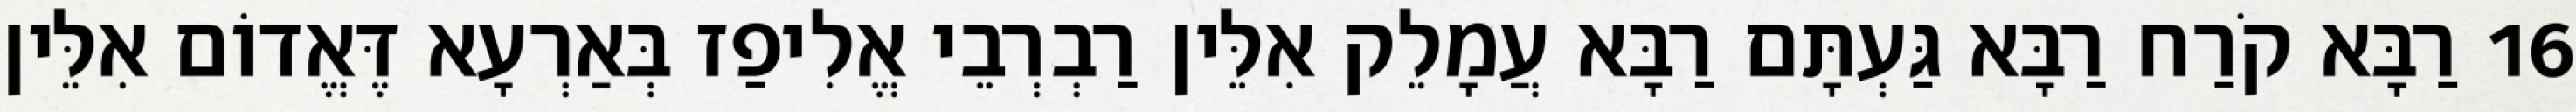
16 רַבָּא קֹרַח רַבָּא גַּעְתָּם רַבָּא עֲמָלֵק אִלֵּין רַבְרְבֵי אֱלִיפַז בְּאַרְעָא דֶּאֱדוֹם אִלֵּין